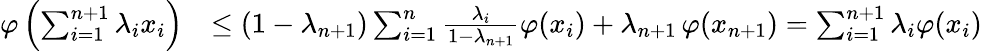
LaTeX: {\begin{array}{rl}{\varphi\left(\sum_{i=1}^{n+1}\lambda_{i}x_{i}\right)}&{\leq(1-\lambda_{n+1})\sum_{i=1}^{n}{\frac{\lambda_{i}}{1-\lambda_{n+1}}}\varphi(x_{i})+\lambda_{n+1}\, \varphi(x_{n+1})=\sum_{i=1}^{n+1}\lambda_{i}\varphi(x_{i})}\end{array}}